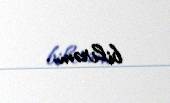
bilirəm..